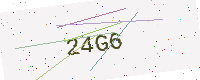
Text: 24G6